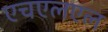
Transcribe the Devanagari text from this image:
एचएलएल